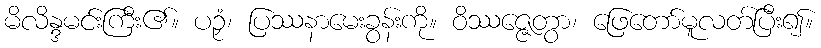
မိလိန္ဒမင်းကြီး၏။ ပဉှံ၊ ပြဿနာမေးခွန်းကို။ ဝိဿဇ္ဇေတွာ၊ ဖြေတော်မူလတ်ပြီး၍။